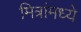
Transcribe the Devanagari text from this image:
मित्रांमध्ये